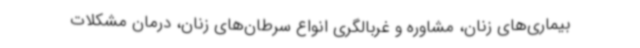
بیماری‌های زنان، مشاوره و غربالگری انواع سرطان‌های زنان، درمان مشکلات